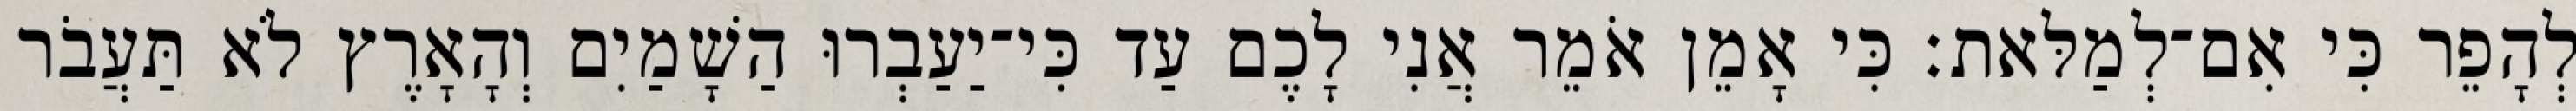
לְהָפֵר כִּי אִם־לְמַלּאת׃ כִּי אָמֵן אֹמֵר אֲנִי לָכֶם עַד כִּי־יַעַבְרוּ הַשָׁמַיִם וְהָאָרֶץ לֹא תַּעֲבֹר